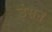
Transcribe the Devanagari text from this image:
उंसन